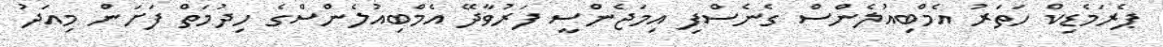
ޕެރަމެޑިކް ހަތަރު އެމްބިއުލެންސް ގެނެސްފި އިމަޖެންސީ ފަރުވާދޭ އެމްބިއުލެންސްގެ ހިދުމަތް ފަށަން މިއަދު